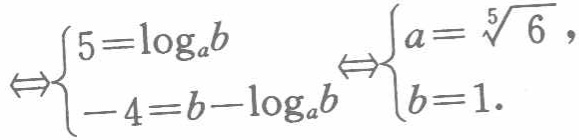
$\Leftrightarrow\begin{cases}5 = \log_{a}b\\-4 = b - \log_{a}b\end{cases}\Leftrightarrow\begin{cases}a = \sqrt[5]{6},\\b = 1.\end{cases}$